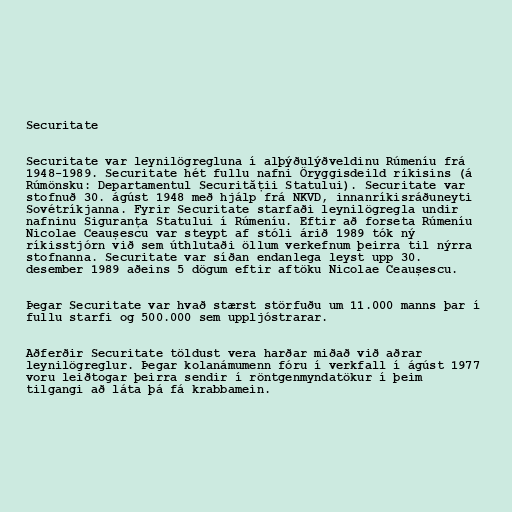
Securitate

Securitate var leynilögregluna í alþýðulýðveldinu Rúmeníu frá
1948-1989. Securitate hét fullu nafni Öryggisdeild ríkisins (á
Rúmönsku: Departamentul Securității Statului). Securitate var
stofnuð 30. ágúst 1948 með hjálp frá NKVD, innanríkisráðuneyti
Sovétríkjanna. Fyrir Securitate starfaði leynilögregla undir
nafninu Siguranța Statului í Rúmeníu. Eftir að forseta Rúmeníu
Nicolae Ceaușescu var steypt af stóli árið 1989 tók ný
ríkisstjórn við sem úthlutaði öllum verkefnum þeirra til nýrra
stofnanna. Securitate var síðan endanlega leyst upp 30.
desember 1989 aðeins 5 dögum eftir aftöku Nicolae Ceaușescu.

Þegar Securitate var hvað stærst störfuðu um 11.000 manns þar í
fullu starfi og 500.000 sem uppljóstrarar.

Aðferðir Securitate töldust vera harðar miðað við aðrar
leynilögreglur. Þegar kolanámumenn fóru í verkfall í ágúst 1977
voru leiðtogar þeirra sendir í röntgenmyndatökur í þeim
tilgangi að láta þá fá krabbamein.